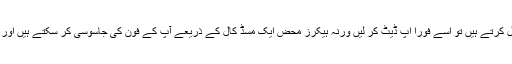
آپ بھی واٹس ایپ استعمال کرتے ہیں تو اسے فوراً اپ ڈیٹ کر لیں ورنہ ہیکرز محض ایک مسڈ کال کے ذریعے آپ کے فون کی جاسوسی کر سکتے ہیں اور اسے ہیک کر سکتے ہیں۔